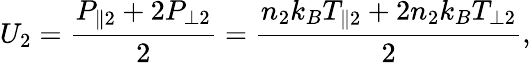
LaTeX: U_{2}=\frac{P_{\parallel 2}+2P_{\perp 2}}{2}=\frac{n_{2}k_{B}T_{\parallel 2}+2n_{2}k_{B}T_{\perp 2}}{2},